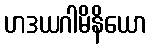
ဟဒယဂါမိနိယော